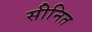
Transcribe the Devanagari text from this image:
सीनित